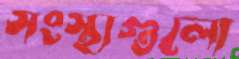
সংস্থাগুলো